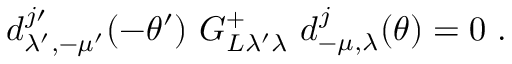
d _ { \lambda ^ { \prime } , - \mu ^ { \prime } } ^ { j \prime } ( - \theta ^ { \prime } ) \ G _ { L \lambda ^ { \prime } \lambda } ^ { + } \ d _ { - \mu , \lambda } ^ { j } ( \theta ) = 0 \ .